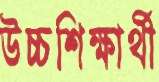
উচ্চশিক্ষার্থী